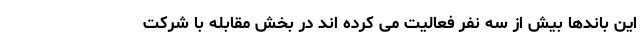
این باندها بیش از سه نفر فعالیت می کرده اند در بخش مقابله با شرکت